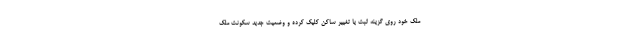
ملک خود روی گزینه ثبت یا تغییر ساکن کلیک کرده و وضعیت جدید سکونت ملک